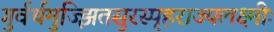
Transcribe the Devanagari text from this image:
गुर्वर्थमुज्झितसुरस्पृहराज्यलक्ष्मीः